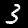
Digit: 3